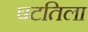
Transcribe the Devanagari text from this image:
षटतिला